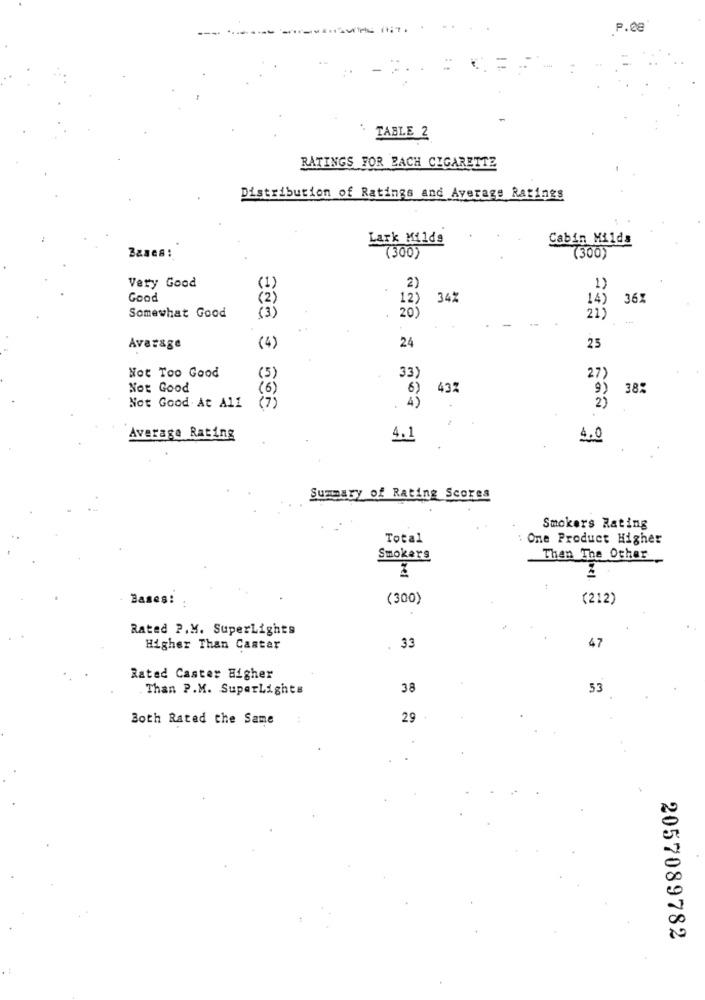
P.C8
=
TABLE 2
RATINGS FOR BACH CIGARETTE
Distribution of Ratings and Average Ratings
Lark Mildg
Cabin Milds
(300)
(300)
Very Good
(1)
2)
1)
Good
(2)
12)
34%
14)
36
Somewhat Good
(3)
20
21)
Average
(4)
24
25
Not Too Good
(5)
33;
27
Not Good
(6)
6
43%
38:
Not Good At All
(7)
.
Average Rating
4.1
4.0
Summary of Rating Scores
Smokers Rating
Total
One Product Higher
Smokers
Then The Other
nel
Bases:
(300)
(212)
Rated P.M. SuperLights
Higher Than Caster
33
47
Rated Caster Higher
Than P.M. SuperLights
38
53
Both Rated the Same
29
2057089782